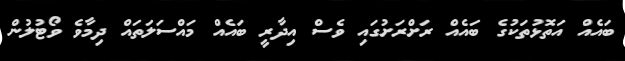
ބައެއް އަތޮޅުތަކުގެ ބައެއް ރަށްރަށުގައި ވެސް އިދާރީ ބައެއް މައްސަލަތައް ދިމާވެ ވޯޓުލުން